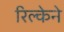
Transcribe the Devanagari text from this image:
रिल्केने